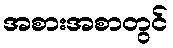
အစားအစာတွင်